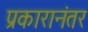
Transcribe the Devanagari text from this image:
प्रकारानंतर